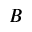
B